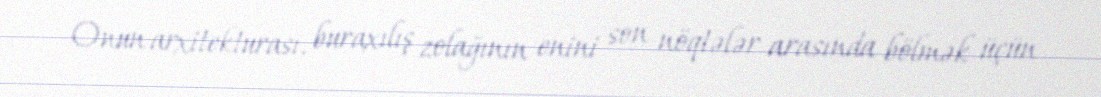
Onun arxitekturası, buraxılış zolağının enini son nöqtələr arasında bölmək üçün